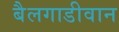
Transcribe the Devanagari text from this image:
बैलगाडीवान